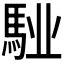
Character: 𩣌